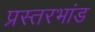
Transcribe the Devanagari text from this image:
प्रस्तरभांड